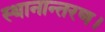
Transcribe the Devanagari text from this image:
स्थानान्तरण।